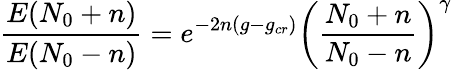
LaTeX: {\frac{E(N_{0}+n)}{E(N_{0}-n)}}=e^{-2n(g-g_{cr})}\left({\frac{N_{0}+n}{N_{0}-n}}\right)^{\gamma}